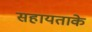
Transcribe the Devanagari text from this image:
सहायताके